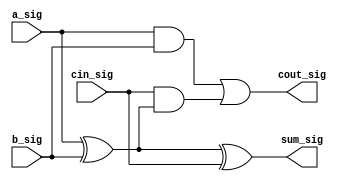
// Implementation of a Full Adder ...

module full_add(
       input a_sig,
       input b_sig,
       input cin_sig,
       output sum_sig,
       output cout_sig);

 assign sum_sig = a_sig ^ b_sig ^ cin_sig; 
 assign cout_sig = (a_sig&b_sig) | (cin_sig&(a_sig ^ b_sig));

endmodule